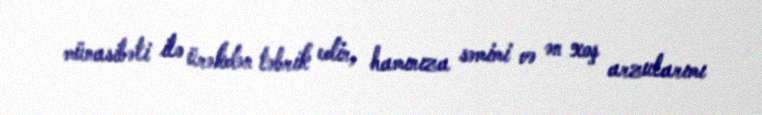
münasibəti ilə ürəkdən təbrik edir, hamınıza səmimi və ən xoş arzularımı